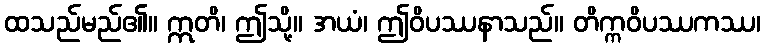
ထသည်မည်၏။ ဣတိ၊ ဤသို့။ အယံ၊ ဤဝိပဿနာသည်။ တိက္ကဝိပဿကဿ၊